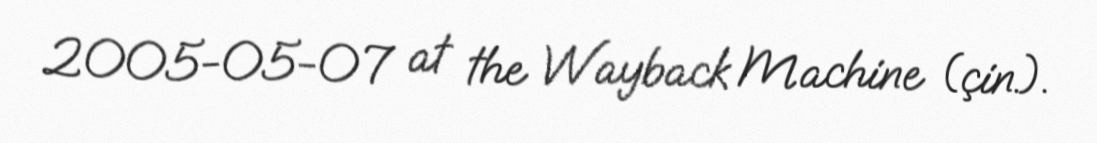
2005-05-07 at the Wayback Machine (çin.).